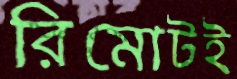
রিমোটই